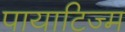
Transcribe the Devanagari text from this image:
पायाटिज्म